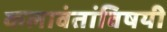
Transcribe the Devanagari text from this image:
कलावंतांविषयी